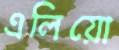
এলিয়ো